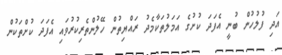
އަދި ފުލުހުން ބުނީ އެފަދަ ކުށުގެ އަމަލުތަކާމެދު ރައްޔިތުން ހޭލުންތެރިކުރުވައި އެފަދަ ކުށްތަކުން